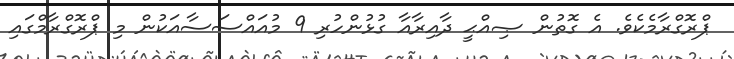
ޕްރޮގްރާމެކެވެ. އެ ގޮތުން ޞިއްޙީ ދާއިރާއާ ގުޅުންހުރި 9 މުއައްސަސާއަކުން މި ޕްރޮގްރާމްގައި